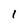
Character: 1